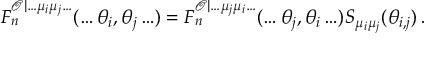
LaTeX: F _ { n } ^ { \mathcal { O } | \ldots \mu _ { i } \mu _ { j } \ldots } ( \ldots \theta _ { i } , \theta _ { j } \ldots ) = F _ { n } ^ { \mathcal { O } | \ldots \mu _ { j } \mu _ { i } \ldots } ( \ldots \theta _ { j } , \theta _ { i } \ldots ) S _ { \mu _ { i } \mu _ { j } } ( \theta _ { i , j } ) \, .